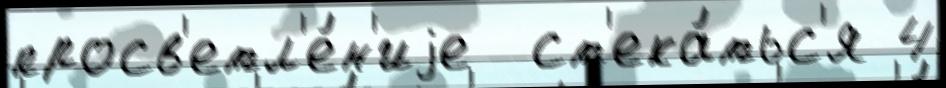
просв'етл'е́н'иjе  ст'ека́тьс'я 4